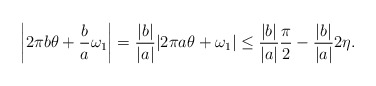
\begin{align*}\left|2\pi b\theta+\frac{b}{a}\omega_1\right| = \frac{|b|}{|a|}|2\pi a\theta + \omega_1|\leq \frac{|b|}{|a|}\frac{\pi}{2} - \frac{|b|}{|a|}2\eta.\end{align*}